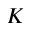
K